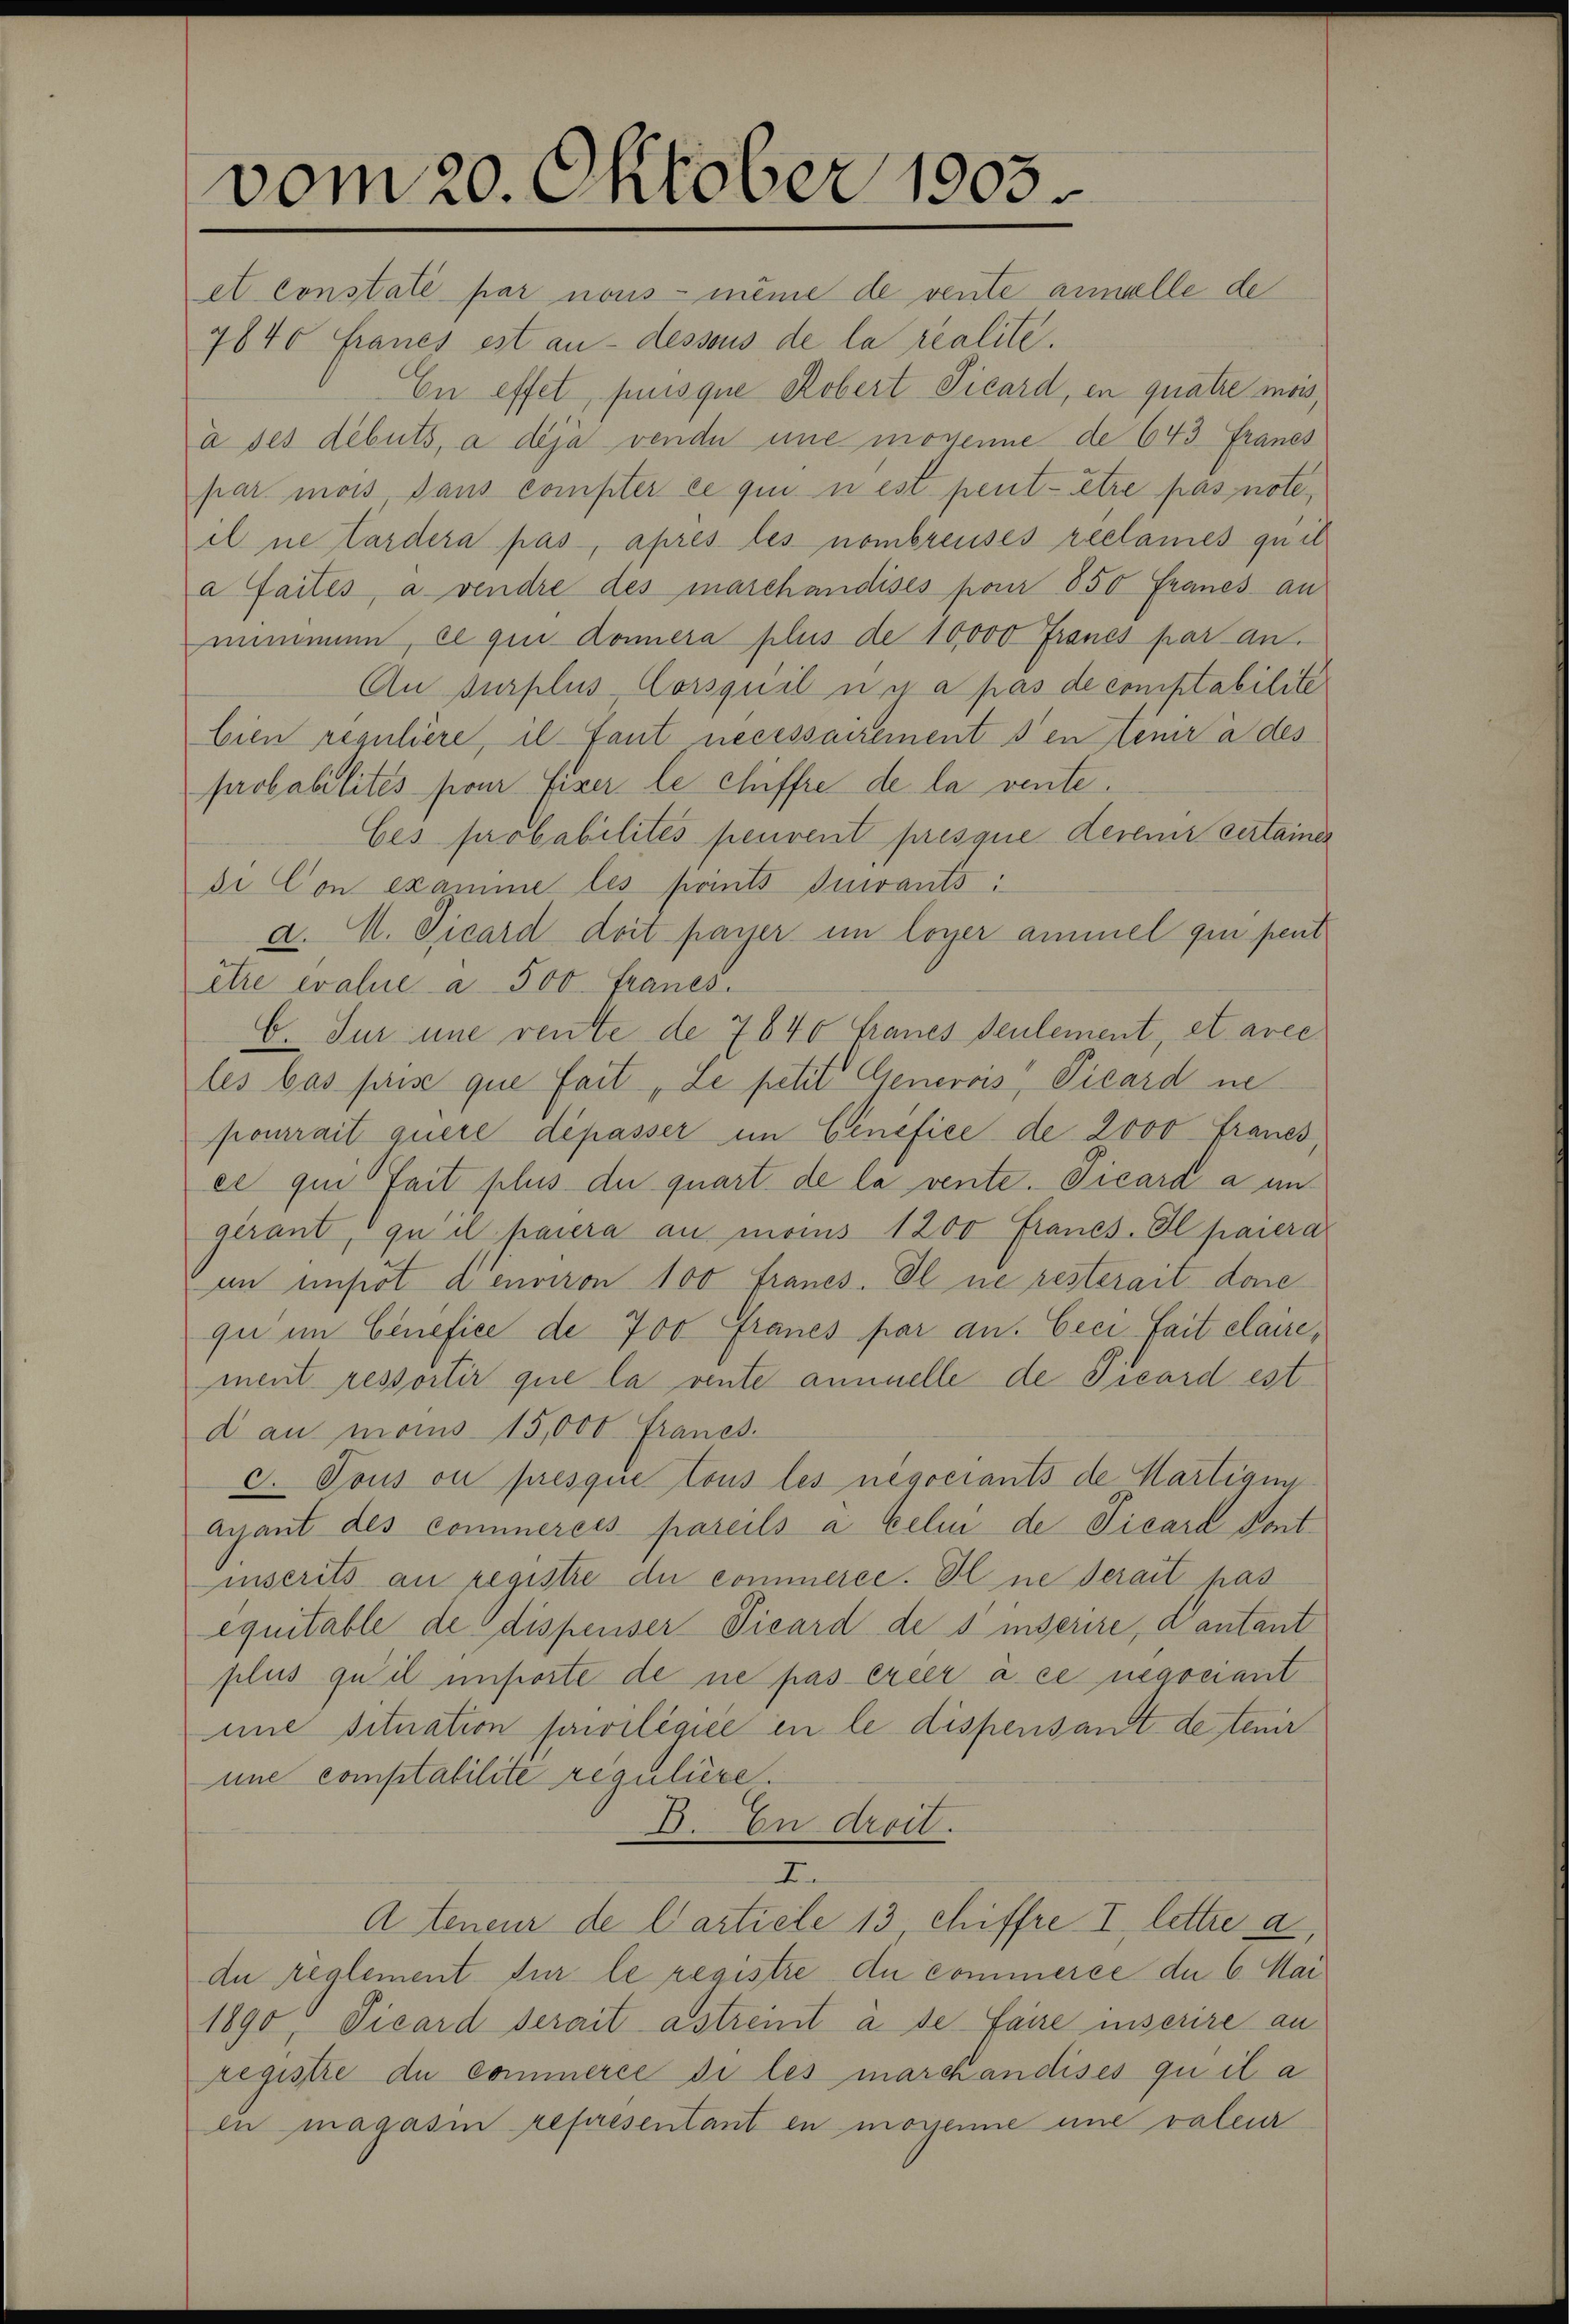
vom 20. Oktober 1903.

et Constate par nous-même de vente annelle de
7840 Fraues est au-dessous de la realite.
En effet, puisque Robert Picard, en quatre mois,
à ses debuts, à deja vende eine mossenne de 643 Franes
par mois dans compter ce qui n est peut être pas note,
il ne tardera pas, après les nombreuses reclames quit
à faites, a vendre des marchandises pour 850 Francs au
mimmen, ce qui donnera plus de 10,000 Francs par an.
An surplus Corsquil una pas de comptabilite
bien reguliere, il fant necessairement den tenir à des
probabilités pour fixer le chiffre de la vente.
Ces probabilités peuvent presque derenz vertainer
di Con examme les points suivants:
d. M. Picard doit payer im loyer ammel qui peut
être evalue a 500. Franes.
C. Sur une rente de 7840 Fraues seulement, et avec
les bas prise que fait, Le petit. Generois" Vicard ne
pourrait quere dépasser im Benefice de 2000 Franes
ee qui fait plus du quart de la vente. Vicard à in
gérant, " qu il parera au monis 1200 Francs. Il parerar
an impot denviron 100 Franes. Il ne resterait donne
qu im Benefice de 700 Fraues par an. Ceci fait claire,
ment ressortir que la vente annuelle de Ticard est
d au moins 15,000 Francs.
c. Tous ou presque tous les negociants de Hartigunayant des commercés pareils à celui de Vicara Vont
inserits an registre du commerce. Il ne serait has
equitable de dispenser Vicard des inserire, Cantant
plus qu’il unsorte de ne pas ereer à ce negociant
une situation priviligiee in le dispensant de tenir
une comptabilite regulière.
D. In Arcil.
I.
A teneur de Carticle 13 chiffre I, lettre a
du reglement für le registre du commerce du 6. Mai
1890, Picard serait astreit a de faire unserire an
registre du commerce di les marchandises quil a
ln magasin représentant en mogenie une valeur